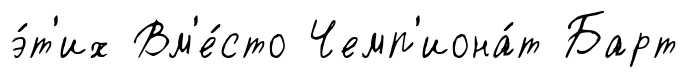
э́т'их Вм'е́сто Чемп'иона́т Барт